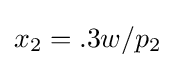
x_{2}=.3w/p_{2}